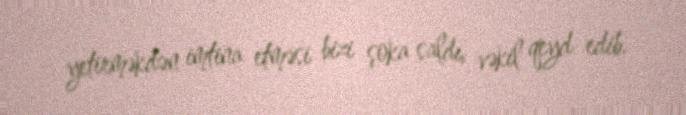
yetirməkdən imtina etməsi bizi şoka saldı, vəkil qeyd edib.